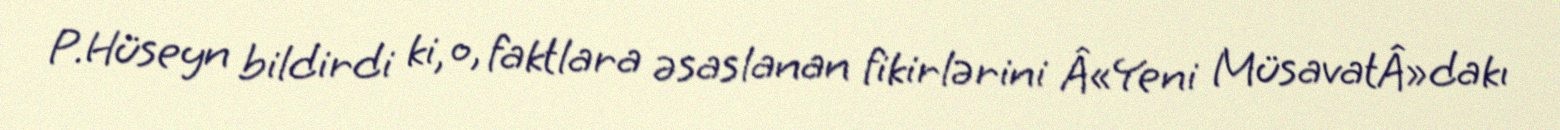
P.Hüseyn bildirdi ki, o, faktlara əsaslanan fikirlərini Â«Yeni MüsavatÂ»dakı